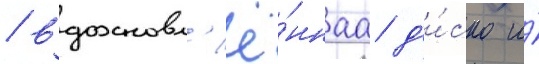
/ вдохновл'ё́ннаа д'и́ско и́